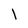
Character: l